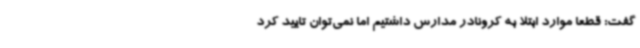
گفت: قطعا موارد ابتلا به کرونادر مدارس داشتیم اما نمی‌توان تایید کرد